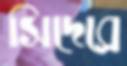
সিদেব্রে